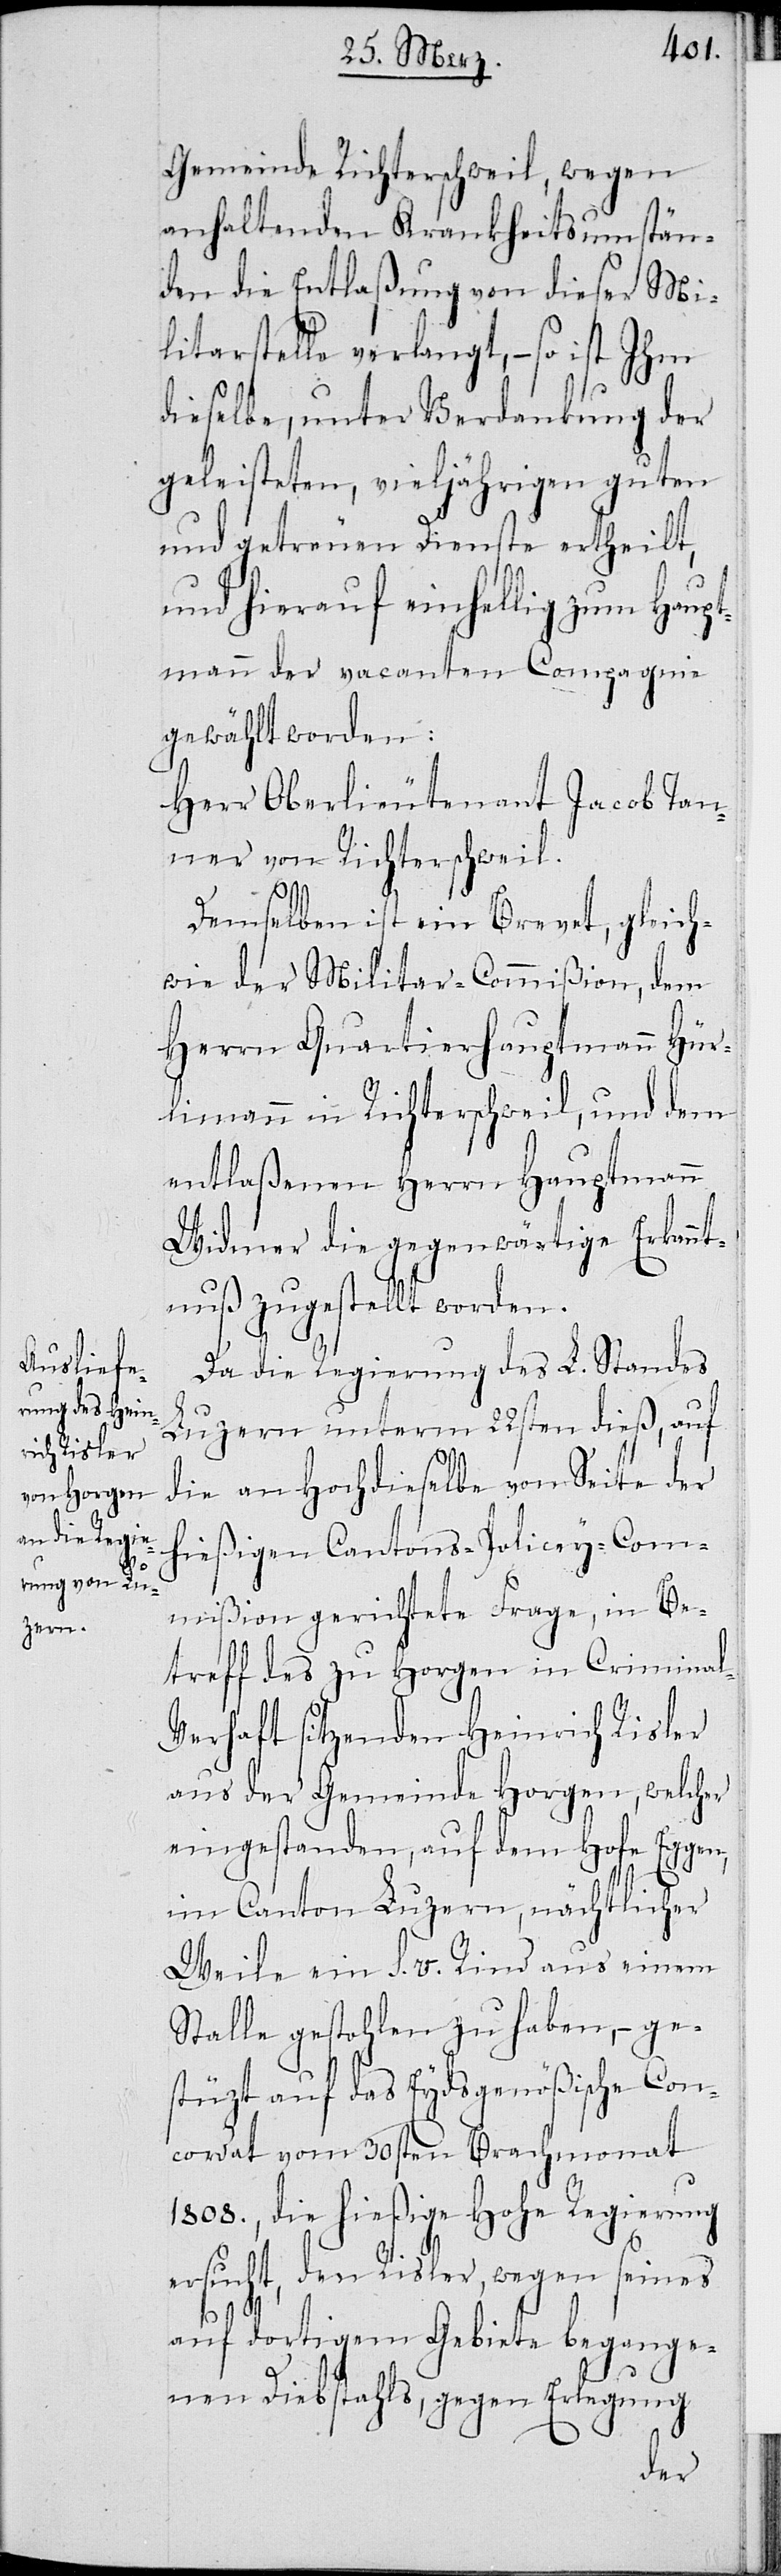
Gemeinde Richterschweil wegen
anhaltenden Krankheitsumstän¬
den die Entlaßung von dieser Mi¬
litarstelle verlangt, – so ist Ihm
dieselbe, unter Verdankung der
geleisteten, vieljährigen guten
und getreuen Dienste ertheilt,
und hierauf einhellig zum Haupt¬
mann der vacanten Compagnie
gewählt worden:
Herr Oberlieutenant Jacob Tan¬
ner von Richterschweil.
Demselben ist ein Brevet, gleich¬
wie der Militar-Commißion, dem
Herrn Quartierhauptmann Hür¬
limann in Richterschweil, und dem
entlaßenen Herrn Hauptmann
Widmer die gegenwärtige Erkannt¬
nuß zugestellt worden.
Da die Regierung des L. Standes
Luzern unterm 22sten dieß, auf
die an Hochdieselbe von Seite der
hießigen Cantons-Policey-Com¬
mißion gerichtete Frage, in Be¬
treff des zu Horgen in Crimina¬
l-Verhaft sitzenden Heinrich Risler
aus der Gemeinde Horgen, welcher
eingestanden, auf dem Hofe Eggen,
im Canton Luzern, nächtlicher
Weile ein s. v. Rind aus einem
Stalle gestohlen zu haben, – ge¬
stützt auf das Eydsgenößische Con¬
cordat vom 30sten Brachmonat
1808., die hießige Hohe Regierung
ersucht, den Risler, wegen seines
auf dortigem Gebiete begange¬
nen Diebstahls, gegen Erlegung